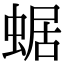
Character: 蜛